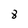
Character: 8